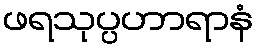
ဖရသုပ္ပဟာရာနံ